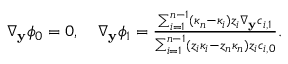
\begin{array} { r } { \nabla _ { \mathbf { y } } \phi _ { 0 } = 0 , \quad \nabla _ { \mathbf { y } } \phi _ { 1 } = \frac { \sum _ { i = 1 } ^ { n - 1 } ( \kappa _ { n } - \kappa _ { i } ) z _ { i } \nabla _ { \mathbf { y } } c _ { i , 1 } } { \sum _ { i = 1 } ^ { n - 1 } ( z _ { i } \kappa _ { i } - z _ { n } \kappa _ { n } ) z _ { i } c _ { i , 0 } } . } \end{array}